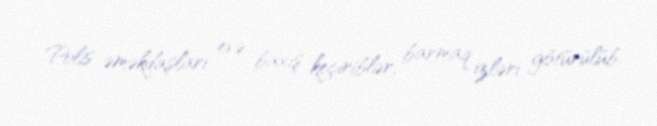
Polis əməkdaşları evə baxış keçiriblər, barmaq izləri götürülüb.